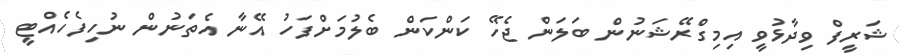
ޝަރީފް ވިދާޅުވީ އިމިގްރޭޝަނުން ބަލަން ޖެހޭ ކަންކަން ބެލުމަށްފަހު އޭނާ އެތަނުން ނުހިފެހެއްޓީ